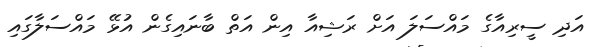
އަދި ސީރިއާގެ މައްސަލަ އަށް ރަޝިއާ އިން އަތް ބާނައިގެން އުޅޭ މައްސަލާގައި